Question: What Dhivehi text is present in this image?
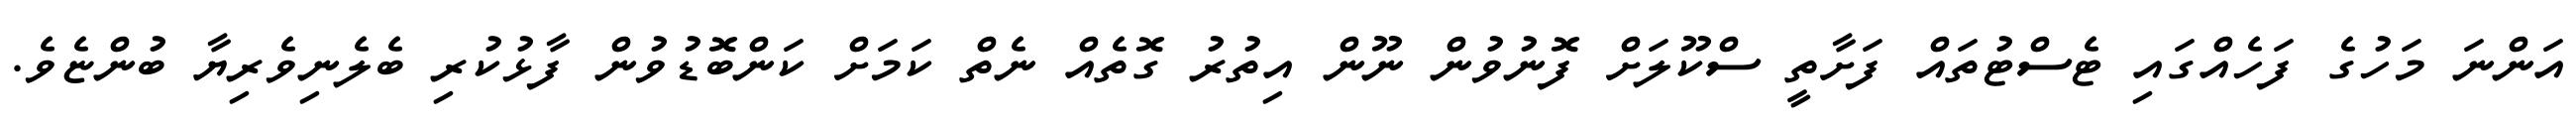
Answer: އަންނަ މަހުގެ ފަހެއްގައި ޓެސްޓުތައް ފަށާތީ ސްކޫލަށް ފޮނުވުން ނޫން އިތުރު ގޮތެއް ނެތް ކަމަށް ކަންބޮޑުވުން ފާޅުކުރި ބެލެނިވެރިޔާ ބުންޏެވެ.